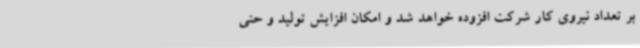
بر تعداد نیروی کار شرکت افزوده خواهد شد و امکان افزایش تولید و حتی